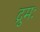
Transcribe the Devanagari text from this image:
द्रुमः